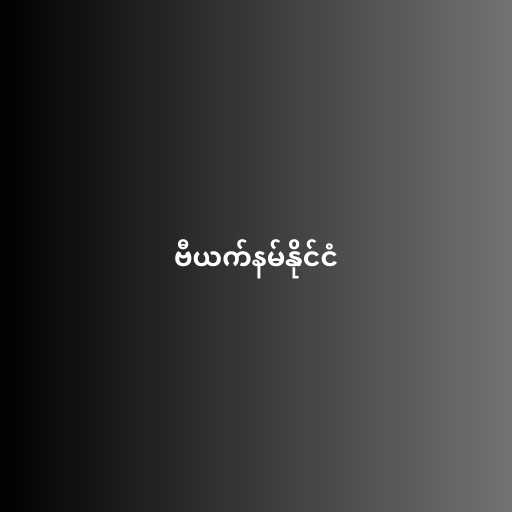
ဗီယက်နမ်နိုင်ငံ